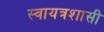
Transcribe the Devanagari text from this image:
स्वायत्रशासी